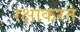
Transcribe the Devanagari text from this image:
रक्षाकरते